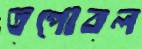
তপোবল